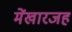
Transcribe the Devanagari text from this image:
मेंखारजह